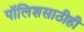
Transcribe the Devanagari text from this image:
पॉलिशसाठीही